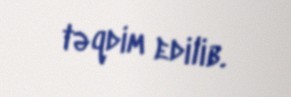
təqdim edilib.